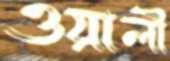
ওয়ালী